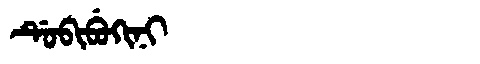
Manchu: ᡩᡠᠪᡳᠪᡠᡴᡳᠨᡳ
Romanization: DUBIBUKINI